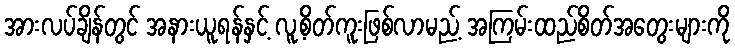
အားလပ်ချိန်တွင် အနားယူရန်နှင့် လူ့စိတ်ကူးဖြစ်လာမည့် အကြမ်းထည်စိတ်အတွေးများကို